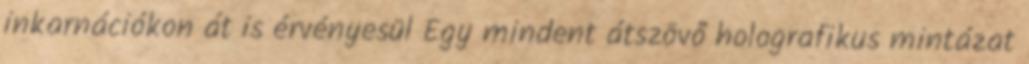
inkarnációkon át is érvényesül Egy mindent átszövő holografikus mintázat